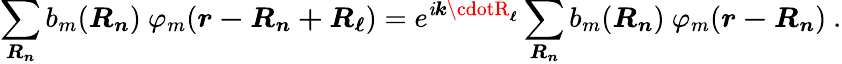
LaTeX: \sum_{\boldsymbol{R_{n}}}b_{m}({\boldsymbol{R_{n}}})\ \varphi_{m}({\boldsymbol{r-R_{n}+R_{\ell}}})=e^{\mathit{i}{\boldsymbol{k\cdotR_{\ell}}}}\sum_{\boldsymbol{R_{n}}}b_{m}({\boldsymbol{R_{n}}})\ \varphi_{m}({\boldsymbol{r-R_{n}}})\ .